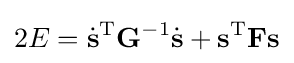
2E={\dot {\mathbf {s} }}^{\mathrm {T} }\mathbf {G} ^{-1}{\dot {\mathbf {s} }}+\mathbf {s} ^{\mathrm {T} }\mathbf {F} \mathbf {s}